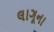
લાગૂના